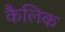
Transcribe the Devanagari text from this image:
कैलिक